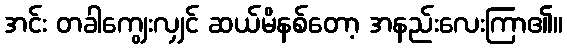
အင်း တခါကျွေးလျှင် ဆယ်မိနစ်တော့ အနည်းလေးကြာ၏။